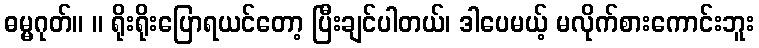
ဓမ္မဂုတ်။ ။ ရိုးရိုးပြောရယင်တော့ ပြီးချင်ပါတယ်၊ ဒါပေမယ့် မလိုက်စားကောင်းဘူး